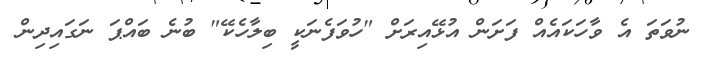
ނުވަތަ އެ ވާހަކައެއް ފަށަން އުޅޭއިރަށް "ހުވަފެނަކީ ބިލާހެކޭ" ބުނެ ބައްޕަ ނަގައިދިން